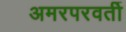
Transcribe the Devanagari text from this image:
अमरपरवर्ती